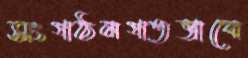
সংগঠনগতভাবে